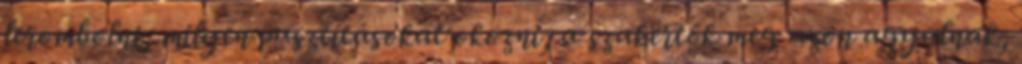
lerombolni, milyen pusztításokat okozni, a szakértők meg azon agyalnak,